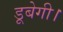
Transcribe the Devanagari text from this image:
डूबेगी।